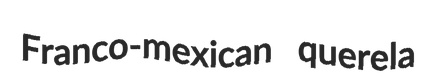
Franco-mexican querela